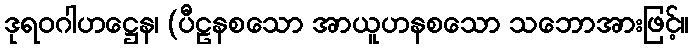
ဒုရဝဂါဟဋ္ဌေန၊ (ပီဠနစသော အာယူဟနစသော သဘောအားဖြင့်။